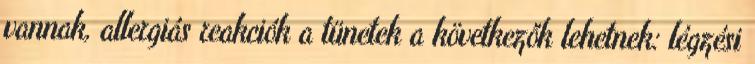
vannak, allergiás reakciók a tünetek a következők lehetnek: légzési